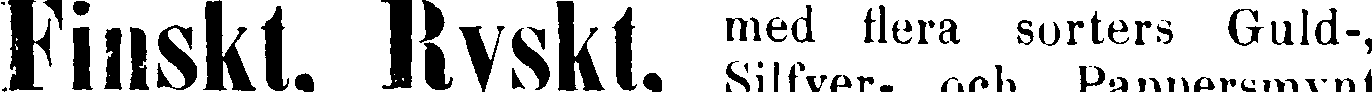
Finskt. Ryskt. med flera sorters Guld-,